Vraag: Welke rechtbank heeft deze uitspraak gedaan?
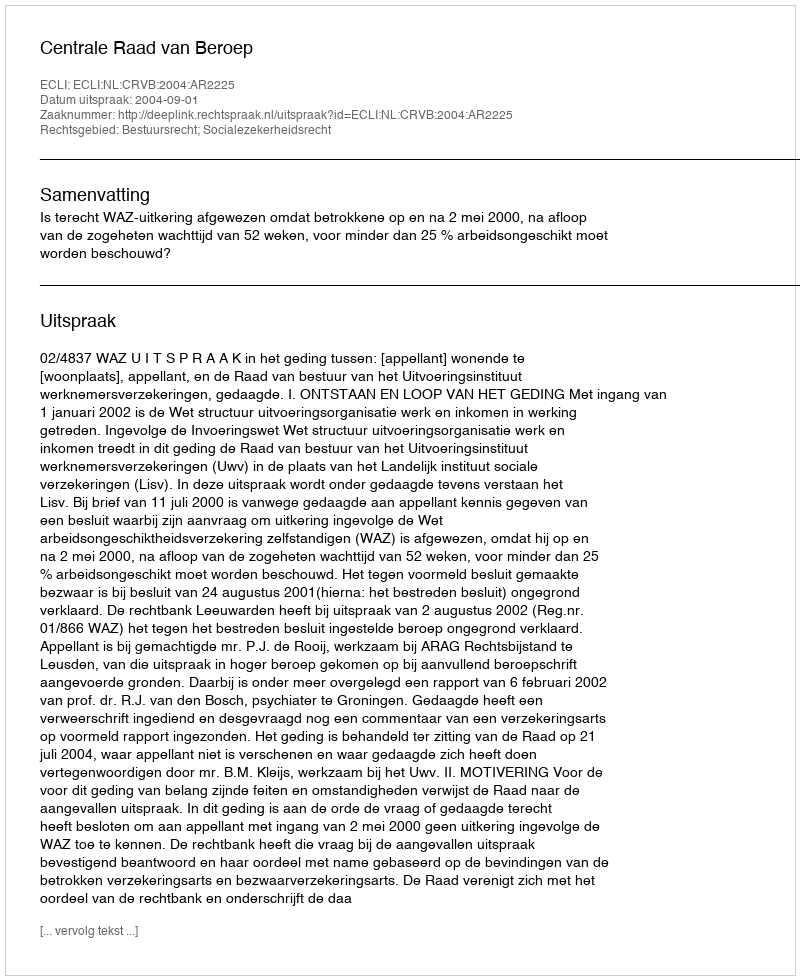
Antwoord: Centrale Raad van Beroep